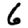
Digit: 6